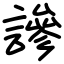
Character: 謲